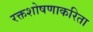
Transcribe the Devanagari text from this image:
रक्तशोषणाकरिता